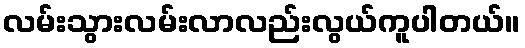
လမ်းသွားလမ်းလာလည်းလွယ်ကူပါတယ်။